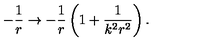
- \frac { 1 } { r } \rightarrow - \frac { 1 } { r } \left( 1 + \frac { 1 } { k ^ { 2 } r ^ { 2 } } \right) .